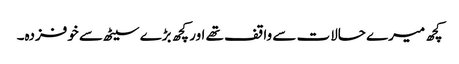
کچھ میرے حالات سے واقف تھے اور کچھ بڑے سیٹھ سے خوفزدہ۔